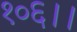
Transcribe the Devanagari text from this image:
१०६।।